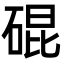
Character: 䃂